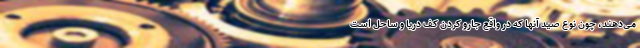
می‌دهند، چون نوع صید آنها که در واقع جارو کردن کف دریا و ساحل است